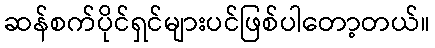
ဆန်စက်ပိုင်ရှင်များပင်ဖြစ်ပါတော့တယ်။